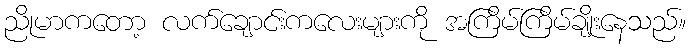
ညိုမာကတော့ လက်ချောင်းကလေးများကို အကြိမ်ကြိမ်ချိုးနေသည်။